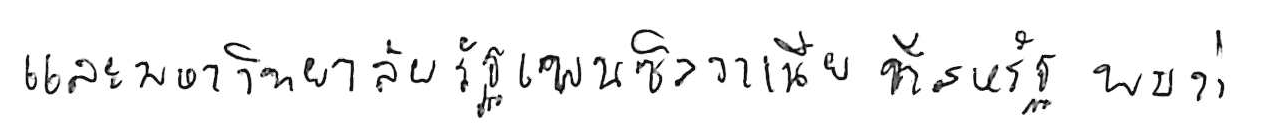
และมหาวิทยาลัยรัฐเพนซิลวาเนีย ที่สหรัฐ พบว่า